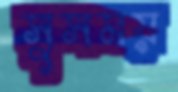
সুসময়